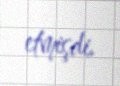
etmişdi.